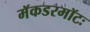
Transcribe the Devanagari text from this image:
मॅकडरमॉटः